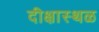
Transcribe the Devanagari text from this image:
दीक्षास्थळ